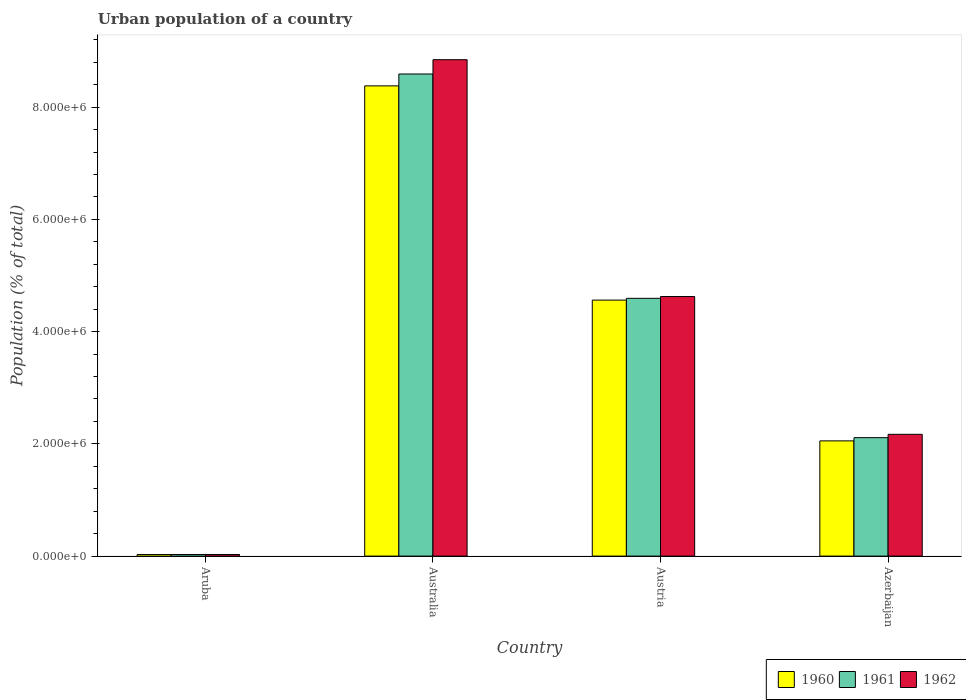
| Country | 1960 | 1961 | 1962 |
 | --- | --- | --- | --- |
 | Aruba | 2.75e+04 | 2.81e+04 | 2.85e+04 |
 | Australia | 8.38e+06 | 8.59e+06 | 8.84e+06 |
 | Austria | 4.56e+06 | 4.59e+06 | 4.62e+06 |
 | Azerbaijan | 2.05e+06 | 2.11e+06 | 2.17e+06 |